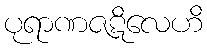
ပုရာဏဇဋိလေဟိ